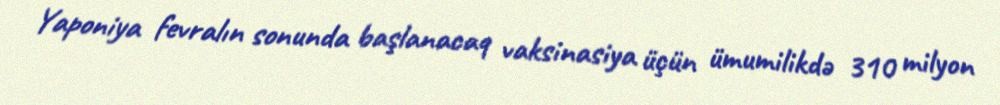
Yaponiya fevralın sonunda başlanacaq vaksinasiya üçün ümumilikdə 310 milyon